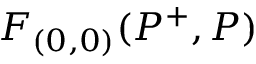
F _ { ( 0 , 0 ) } ( P ^ { + } , P )